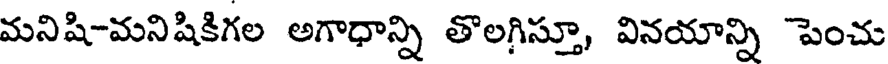
మనిషి-మనిషికిగల అగాధాన్ని తొలగిస్తూ, వినయాన్ని పెంచు